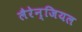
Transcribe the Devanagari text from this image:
लैरेन्जियल